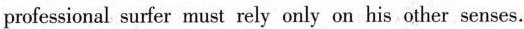
professional surfer muat rely only on his othersenses,.